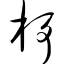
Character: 杼